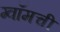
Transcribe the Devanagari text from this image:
ग्वॉमची